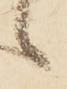
候